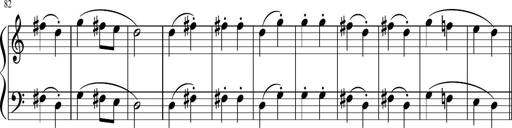
Title: 6 Instructive Sonatinas
Composer: Jacob Schmitt